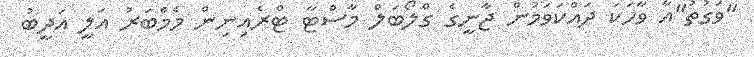
"ވަގުތު"އާ ވާހަކަ ދައްކަވަމުން ޖާނީގެ ގްލޯބަލް މާސްޓާ ޓްރެއިނިން މެމްބަރު އަލީ އަދީބު